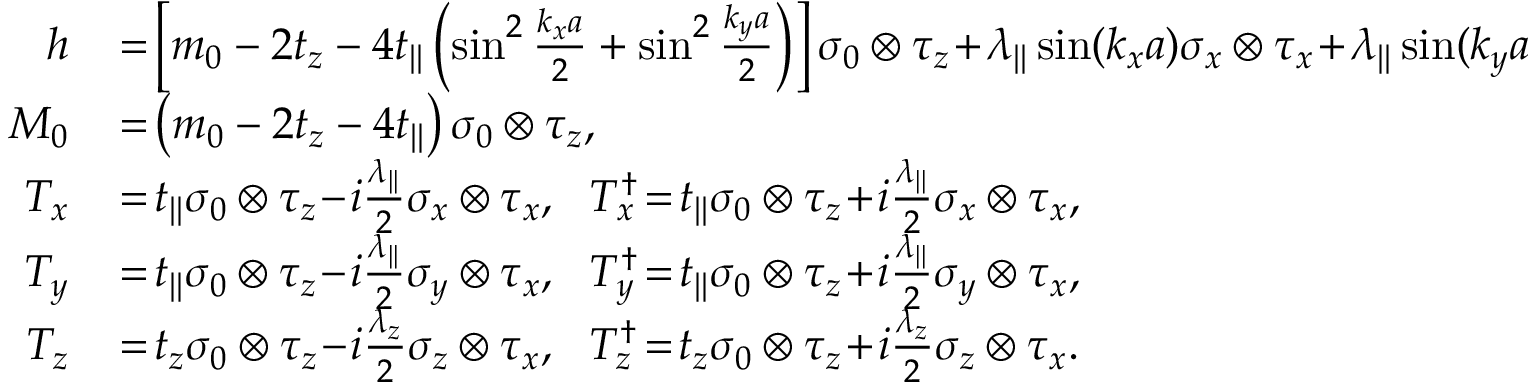
\begin{array} { r l } { h } & { { } \! = \! \left[ m _ { 0 } - 2 t _ { z } - 4 t _ { | | } \left( \sin ^ { 2 } \frac { k _ { x } a } { 2 } + \sin ^ { 2 } \frac { k _ { y } a } { 2 } \right) \right] \sigma _ { 0 } \otimes \tau _ { z } \! + \! \lambda _ { | | } \sin ( k _ { x } a ) \sigma _ { x } \otimes \tau _ { x } \! + \! \lambda _ { | | } \sin ( k _ { y } a ) \sigma _ { y } \otimes \tau _ { x } , } \\ { M _ { 0 } } & { { } \! = \! \left( m _ { 0 } - 2 t _ { z } - 4 t _ { | | } \right) \sigma _ { 0 } \otimes \tau _ { z } , } \\ { T _ { x } } & { { } \! = \! t _ { | | } \sigma _ { 0 } \otimes \tau _ { z } \! - \! i \frac { \lambda _ { | | } } { 2 } \sigma _ { x } \otimes \tau _ { x } , ~ ~ T _ { x } ^ { \dagger } \! = \! t _ { | | } \sigma _ { 0 } \otimes \tau _ { z } \! + \! i \frac { \lambda _ { | | } } { 2 } \sigma _ { x } \otimes \tau _ { x } , } \\ { T _ { y } } & { { } \! = \! t _ { | | } \sigma _ { 0 } \otimes \tau _ { z } \! - \! i \frac { \lambda _ { | | } } { 2 } \sigma _ { y } \otimes \tau _ { x } , ~ ~ T _ { y } ^ { \dagger } \! = \! t _ { | | } \sigma _ { 0 } \otimes \tau _ { z } \! + \! i \frac { \lambda _ { | | } } { 2 } \sigma _ { y } \otimes \tau _ { x } , } \\ { T _ { z } } & { { } \! = \! t _ { z } \sigma _ { 0 } \otimes \tau _ { z } \! - \! i \frac { \lambda _ { z } } { 2 } \sigma _ { z } \otimes \tau _ { x } , ~ ~ T _ { z } ^ { \dagger } \! = \! t _ { z } \sigma _ { 0 } \otimes \tau _ { z } \! + \! i \frac { \lambda _ { z } } { 2 } \sigma _ { z } \otimes \tau _ { x } . } \end{array}